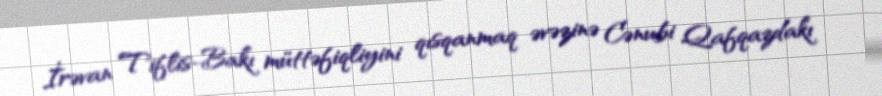
İrəvan Tiflis-Bakı müttəfiqliyini qısqanmaq əvəzinə Cənubi Qafqazdakı